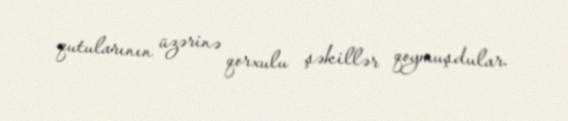
qutularının üzərinə qorxulu şəkillər qoymuşdular.